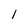
Character: I